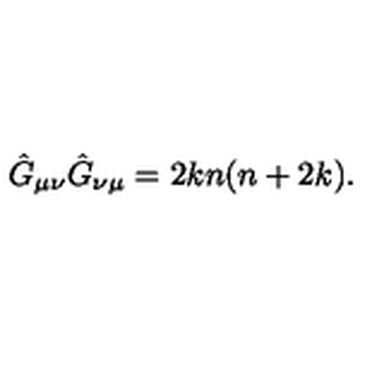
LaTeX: \hat { G } _ { \mu \nu } \hat { G } _ { \nu \mu } = 2 k n ( n + 2 k ) .